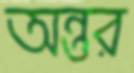
অন্তুর